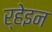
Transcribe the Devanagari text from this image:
र्हेइन